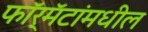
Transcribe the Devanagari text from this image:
फॉर्मॅटांमधील